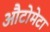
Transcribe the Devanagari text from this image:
औटोमेटा